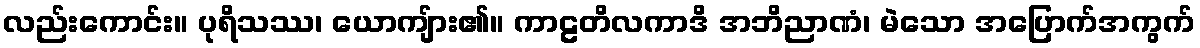
လည်းကောင်း။ ပုရိသဿ၊ ယောကျ်ား၏။ ကာဠတိလကာဒိ အဘိညာဏံ၊ မဲသော အပြောက်အကွက်